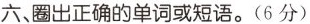
六、圈出正确的单词或短语.(6 分) Baby 1.magazine ★ newspaper 2.have a cold ★ clean the room 3.sce a film★ read a book 4.sleep ★ wash 5.hotel★ lamp 6.wash clothes ★ watch TV